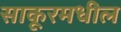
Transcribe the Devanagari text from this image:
साकूरमधील